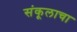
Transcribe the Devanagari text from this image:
संकूलाचा